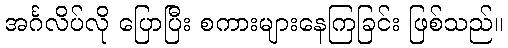
အင်္ဂလိပ်လို ပြောပြီး စကားများနေကြခြင်း ဖြစ်သည်။